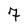
Character: 7